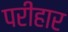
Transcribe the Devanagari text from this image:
परीहार